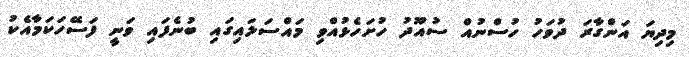
މިދިޔަ އަންގާރަ ދުވަހު ހުސްނުއް ސުއޫދު ހުށަހެޅުއްވި މައްސަލައިގައި ބުނެފައި ވަނީ ފަސޭހަކަމާއެކު